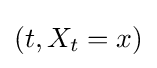
(t,X_{t}=x)